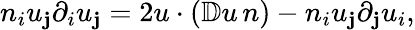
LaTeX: n_{i}u_{\mathbf{j}}\partial_{i}u_{\mathbf{j}}=2u\cdot(\mathbb{{D}}u\, n)-n_{i}u_{\mathbf{j}}\partial_{\mathbf{j}}u_{i},